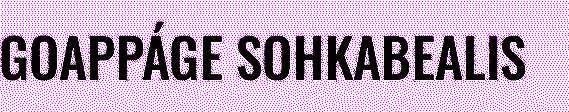
GOAPPÁGE SOHKABEALIS